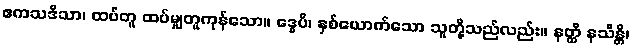
ဧကသဒိသာ၊ ထပ်တူ ထပ်မျှတူကုန်သော။ ဒွေပိ၊ နှစ်ယောက်သော သူတို့သည်လည်း။ နတ္ထိ နသိန္တိ၊